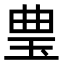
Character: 㻃